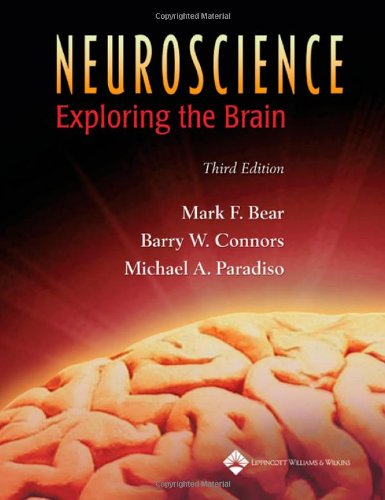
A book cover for Neuroscience: Exploring the Brain, 3rd Edition; Mark F. Bear; Medical Books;